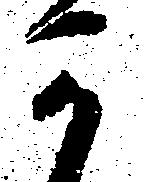
可